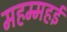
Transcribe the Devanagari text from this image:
महम्महई